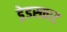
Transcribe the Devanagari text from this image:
ड्रेडस्काट